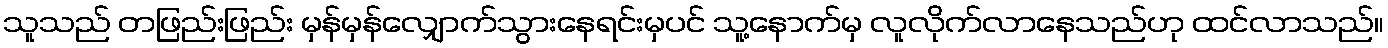
သူသည် တဖြည်းဖြည်း မှန်မှန်လျှောက်သွားနေရင်းမှပင် သူ့နောက်မှ လူလိုက်လာနေသည်ဟု ထင်လာသည်။